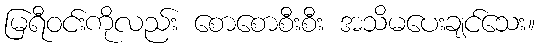
မြရီဝင်းကိုလည်း စောစောစီးစီး အသိမပေးချင်သေး။